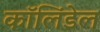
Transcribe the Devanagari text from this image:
कॉलिंडेल